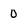
Character: 0